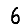
Digit: 6